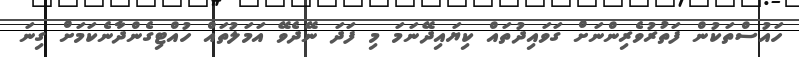
ހައުސްތަކުން ފަތުރުވެރިންނަށް ގަވައިދުތައް ކިޔައިދޭނަމަ މި ފަދަ ނޭދެވޭ އަމަލުތައް ހުއްޓިގެންދާނެކަމަށް ގިނަ